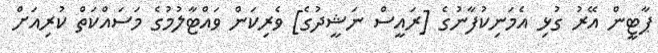
ޕާޓީން އޭރު ގުޅި އެމަނިކުފާނުގެ [ރައީސް ނަޝީދުގެ] ވެރިކަން ވައްޓާލުމުގެ މަސައްކަތް ކުރިއަށް